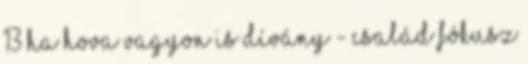
13 Ha hova vagyon is Dívány - Család fókusz